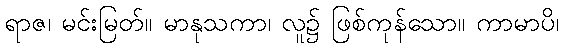
ရာဇ၊ မင်းမြတ်။ မာနုသကာ၊ လူ၌ ဖြစ်ကုန်သော။ ကာမာပိ၊